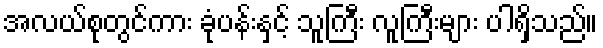
အလယ်စုတွင်ကား ခုံပန်းနှင့် သူကြီး လူကြီးများ ပါရှိသည်။